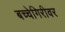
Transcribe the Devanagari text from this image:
बच्चेगिरीवर